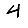
Digit: 4